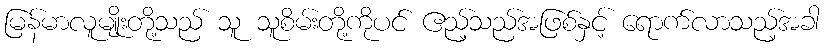
မြန်မာလူမျိုးတို့သည် သူ သူစိမ်းတို့ကိုပင် ဧည့်သည်အဖြစ်နှင့် ရောက်လာသည့်အခါ